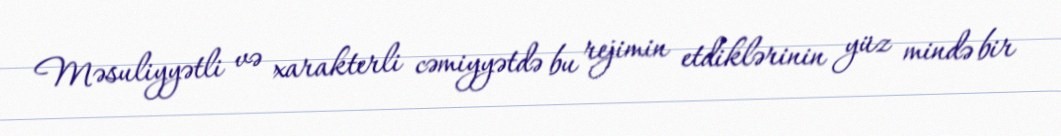
Məsuliyyətli və xarakterli cəmiyyətdə bu rejimin etdiklərinin yüz mində bir